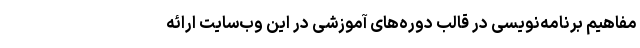
مفاهیم برنامه‌نویسی در قالب دوره‌های آموزشی در این وب‌سایت ارائه